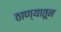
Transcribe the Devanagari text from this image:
ठाण्यातून